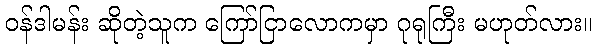
ဝန်ဒါမန်း ဆိုတဲ့သူက ကြော်ငြာလောကမှာ ဂုရုကြီး မဟုတ်လား။